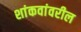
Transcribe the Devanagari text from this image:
शांकवांवरील